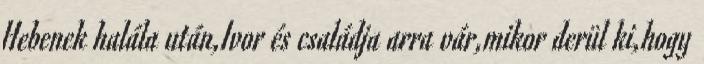
Hebenek halála után,Ivor és családja arra vár,mikor derül ki,hogy